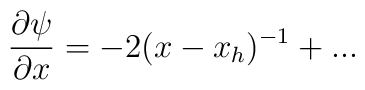
\frac{\partial \psi }{\partial x}=-2(x-x_{h})^{-1}+...